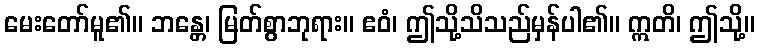
မေးတော်မူ၏။ ဘန္တေ၊ မြတ်စွာဘုရား။ ဧဝံ၊ ဤသို့သိသည်မှန်ပါ၏။ ဣတိ၊ ဤသို့။